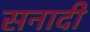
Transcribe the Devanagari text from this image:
सनादी